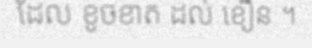
ដែល ខូចខាត ដល់ ខឿន ។